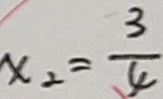
x _ { 2 } = \frac { 3 } { 4 }